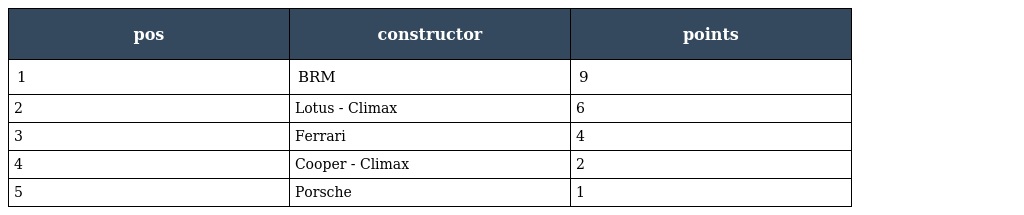
| pos | constructor | points |
 | --- | --- | --- |
 | 1 | BRM | 9 |
 | 2 | Lotus - Climax | 6 |
 | 3 | Ferrari | 4 |
 | 4 | Cooper - Climax | 2 |
 | 5 | Porsche | 1 |